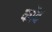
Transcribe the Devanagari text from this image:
कोंद